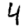
Digit: 4